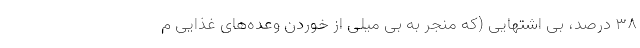
۳۸ درصد، بی اشتهایی (که منجر به بی میلی از خوردن وعده‌های غذایی م